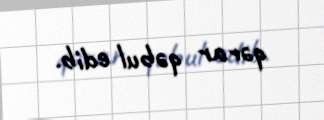
qərar qəbul edib.